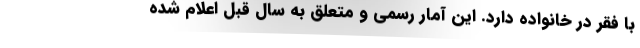
با فقر در خانواده دارد. این آمار رسمی و متعلق به سال قبل اعلام شده